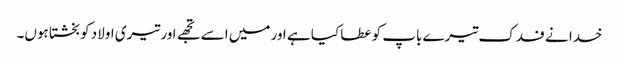
خدا نے فدک تیرے باپ کو عطا کیا ہے اور میں اسے تجھے اور تیری اولاد کو بخشتا ہوں۔